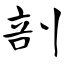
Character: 剖